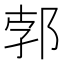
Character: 郣